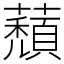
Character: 蘈